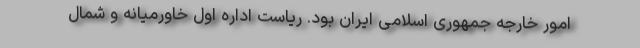
امور خارجه جمهوری اسلامی ایران بود. ریاست اداره اول خاورمیانه و شمال